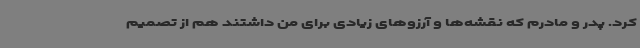
کرد. پدر و مادرم که نقشه‌ها و آرزوهای زیادی برای من داشتند هم از تصمیم